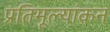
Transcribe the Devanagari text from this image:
प्रतिमूल्यांकन